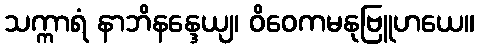
သက္ကာရံ နာဘိနန္ဒေယျ၊ ဝိဝေကမနုဗြူဟယေ။